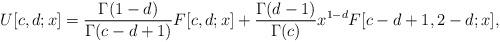
LaTeX: \begin{align*}U[c,d;x]=\frac{\Gamma(1-d)}{\Gamma(c-d+1)}F[c,d;x]+\frac{\Gamma(d-1)}{\Gamma(c)}x^{1-d}F[c-d+1,2-d;x],\end{align*}